Annual report of the Prince of Wales Medical College, Patna
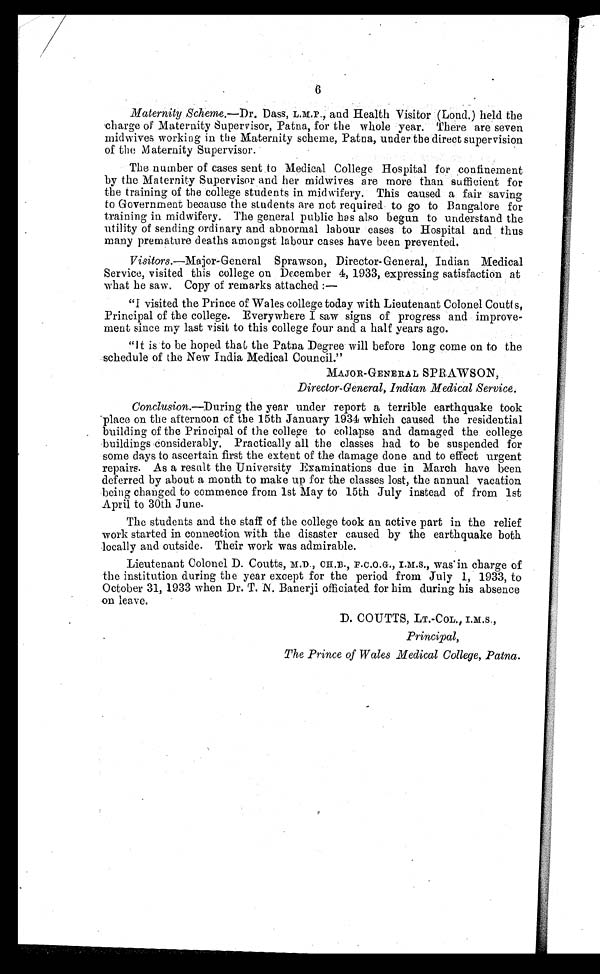
6
Maternity Scheme.— Dr . Dass, L.M.P., and Health Visitor (Loud.) held the
charge of Maternity Supervisor, Patna, for the whole year. There are seven
midwives working in the Maternity scheme, Patna, under the direct supervision
of the Maternity Supervisor.
The number of cases sent to Medical College Hospital for confinement
by the Maternity Supervisor and her midwives are more than sufficient for
the training of the college students in midwifery. This caused a fair saving
to Government because the students are not required to go to Bangalore for
training in midwifery. The general public has also begun to understand the
utility of sending ordinary and abnormal labour cases to Hospital and thus
many premature deaths amongst labour cases have been prevented.
Visitors.—Major-General Sprawson, Director-General, Indian Medical
Service, visited this college on December 4, 1933, expressing satisfaction at
what he saw. Copy of remarks attached :
—
“I visited the Prince of Wales college today with Lieutenant Colonel Coutts,
Principal of the college. Everywhere I saw signs of progress and improve
- m e n t s i n c e m y l a s t v i s i t t o t h i s c o l l e g e f o u r a n d a h a l f y e a r s a g o .
“It is to be hoped that the Patna Degree will before long come on to the
schedule of the New India Medical Council.”
MAJOR-GENERAL SPRAWSON,
Director-General, Indian Medical Service.
Conclusion .—During the year under report a terrible earthquake took
place on the afternoon of the 15th January 1934 which caused the residential
building of the Principal of the college to collapse and damaged the college
buildings considerably. Practically all the classes had to be suspended for
some days to ascertain first the extent of the damage done and to effect urgent
repairs. As a result the University Examinations due in March have been
deferred by about a month to make up for the classes lost, the annual vacation
being changed to commence from 1st May to 15th July instead of from 1st
April to 30th June.
The students and the staff of the college took an active part in the relief
work started in connection with the disaster caused by the earthquake both
locally and outside. Their work was admirable.
Lieutenant Colonel D. Coutts, M.D., CH.B., F.C.O.G., I.M.S., was in charge of
the institution during the year except for the period from July 1, 1933, to
October 31, 1933 when Dr. T. N. Banerji officiated for him during his absence
on leave.
D. COUTTS, LT.-CoL.,I.M.S.,
Principal,
The Prince of Wales Medical College , Patna.